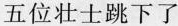
五位壮士跳下了